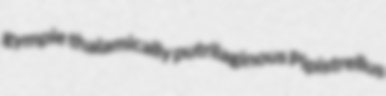
gympie thalamically putrilaginous Pipistrellus